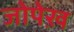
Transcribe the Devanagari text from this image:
जोपेख़